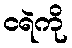
ငရဲကို